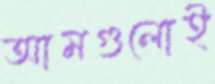
আমগুলোই